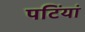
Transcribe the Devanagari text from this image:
पटिंयां